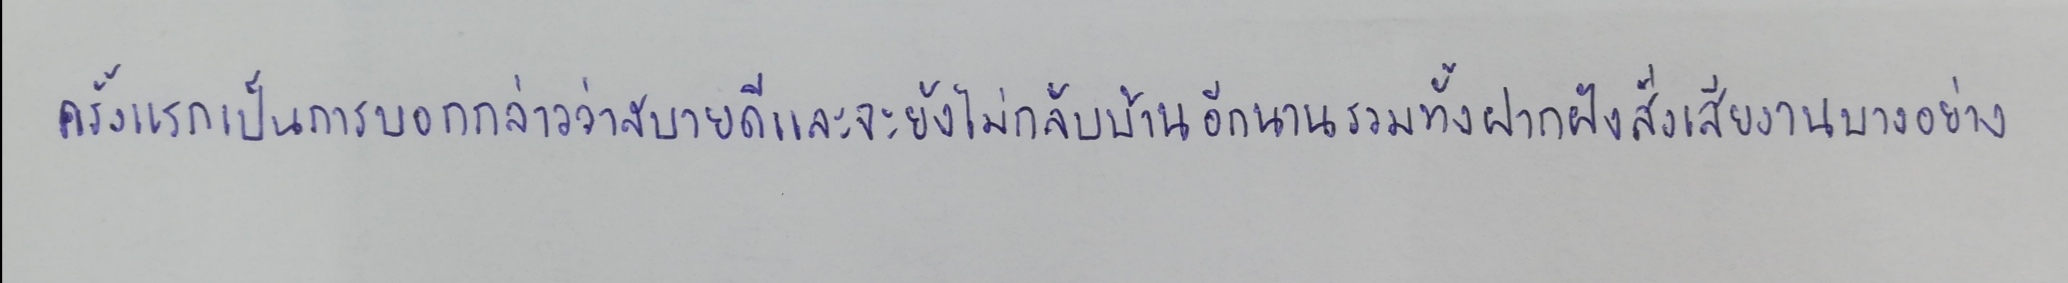
ครั้งแรกเป็นการบอกกล่าวว่าสบายดีและจะยังไม่กลับบ้านอีกนานรวมทั้งฝากฝังสั่งเสียงานบางอย่าง